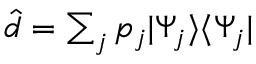
\begin{array} { r } { \hat { d } = \sum _ { j } p _ { j } | \Psi _ { j } \rangle \langle \Psi _ { j } | } \end{array}